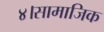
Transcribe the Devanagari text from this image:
४।सामाजिक